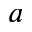
a